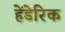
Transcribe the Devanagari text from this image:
हेंडेरिक